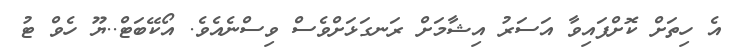
އެ ހިތަށް ކޮށްފައިވާ އަސަރު އިޝާމަށް ރަނގަޅަށްވެސް ވިސްނެއެވެ. އޯކޭބަޓް..ޔޫ ހެވް ޓު